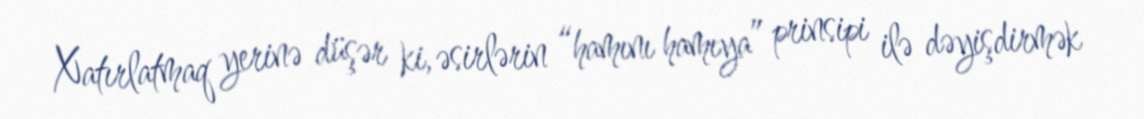
Xatırlatmaq yerinə düşər ki, əsirlərin “hamını hamıya” prinsipi ilə dəyişdirmək